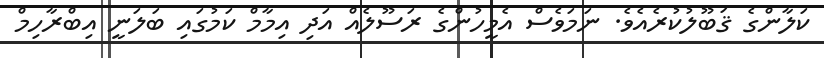
ކަލާންގެ ޤަބޫލުކުރެއެވެ. ނަމަވެސް އެމީހުންގެ ރަސޫލެއް އަދި އިމާމް ކަމުގައި ބަލަނީ އިބްރާހިމް